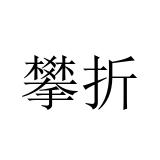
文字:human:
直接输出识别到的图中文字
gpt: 攀折